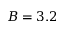
B = 3 . 2